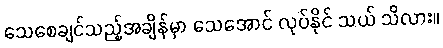
သေစေချင်သည့်အချိန်မှာ သေအောင် လုပ်နိုင် သယ် သိလား။